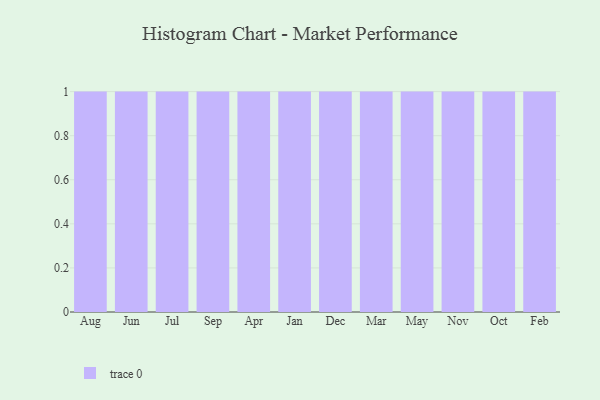
{"axis": {"x": "Month", "y": "Population (Million)"}, "legend": [""], "data": [{"x": "Aug", "y": 55, "type": ""}, {"x": "Jun", "y": 14, "type": ""}, {"x": "Jul", "y": 55, "type": ""}, {"x": "Sep", "y": 71, "type": ""}, {"x": "Apr", "y": 70, "type": ""}, {"x": "Jan", "y": 73, "type": ""}, {"x": "Dec", "y": 44, "type": ""}, {"x": "Mar", "y": 96, "type": ""}, {"x": "May", "y": 43, "type": ""}, {"x": "Nov", "y": 15, "type": ""}, {"x": "Oct", "y": 31, "type": ""}, {"x": "Feb", "y": 72, "type": ""}]}